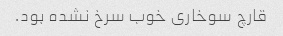
قارچ سوخاری خوب سرخ نشده بود.